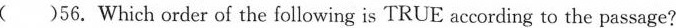
( )56.Which order of the following is TRUE according to the passage?